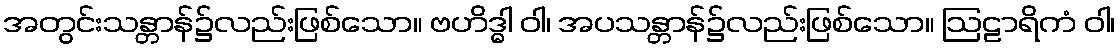
အတွင်းသန္တာန်၌လည်းဖြစ်သော။ ဗဟိဒ္ဓါ ဝါ၊ အပသန္တာန်၌လည်းဖြစ်သော။ ဩဠာရိကံ ဝါ၊